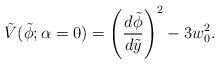
LaTeX: \begin{align*}\tilde V(\tilde \phi;{\alpha=0})=\left({d\tilde{\phi} \over d\tilde y}\right)^2-3w_0^2.\end{align*}